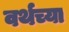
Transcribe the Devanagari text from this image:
वर्थच्या